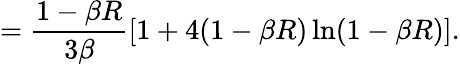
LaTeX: =\frac{1-\beta R}{3\beta}\left[1+4(1-\beta R)\ln(1-\beta R)\right].